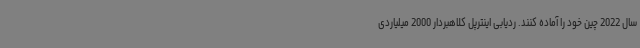
سال 2022 چین خود را آماده کنند. ردیابی اینترپل کلاهبردار 2000 میلیاردی